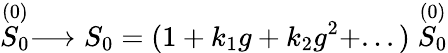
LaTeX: \stackrel{(0)}{S_{0}}\longrightarrow S_{0}=(1+k_{1}g+k_{2}g^{2}+...)\stackrel{(0)}{S_{0}}